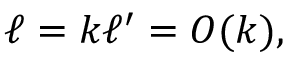
\ell = k \ell ^ { \prime } = O ( k ) ,